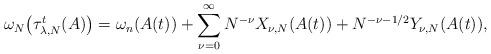
LaTeX: \begin{align*}\omega_N \big(\tau_{\lambda,N}^t (A)\big) = \omega_n (A(t)) + \sum_{\nu=0}^{\infty} N^{-\nu} X_{\nu,N}(A(t))+ N^{-\nu-1/2} Y_{\nu,N}(A(t)),\end{align*}